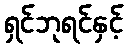
ရှင်ဘုရင်နှင့်